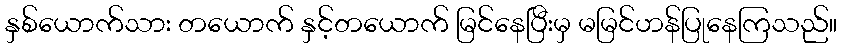
နှစ်ယောက်သား တယောက် နှင့်တယောက် မြင်နေပြီးမှ မမြင်ဟန်ပြုနေကြသည်။